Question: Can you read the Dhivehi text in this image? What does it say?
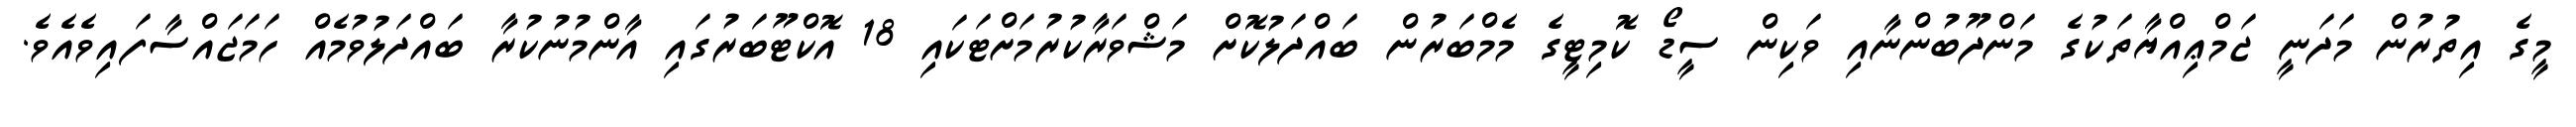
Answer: މީގެ އިތުރުން މަދަނީ ޖަމްޢިއްޔާތަކުގެ މަންދޫބުންނާއި ވަކިން ސީޑޯ ކޮމިޓީގެ މެމްބަރުން ބައްދަލުކޮށް މަޝްވަރާކުރުމަށްޓަކައި 18 އޮކްޓޫބަރުގައި އާންމުނުކުރާ ބައްދަލުވުމެއް ހަމަޖައްސާފައިވެއެވެ.